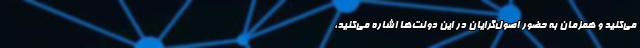
می‌کنید و همزمان به حضور اصول‌گرایان در این دولت‌ها اشاره می‌کنید،